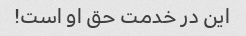
این در خدمت حق او است!